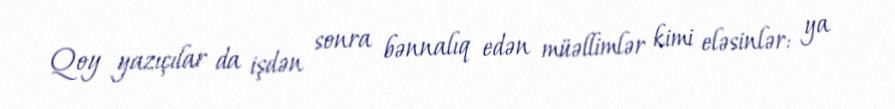
Qoy yazıçılar da işdən sonra bənnalıq edən müəllimlər kimi eləsinlər: ya